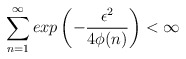
\begin{align*}\sum_{n=1}^\infty exp\left(-\frac{\epsilon^{2}}{4\phi(n)}\right) < \infty\end{align*}